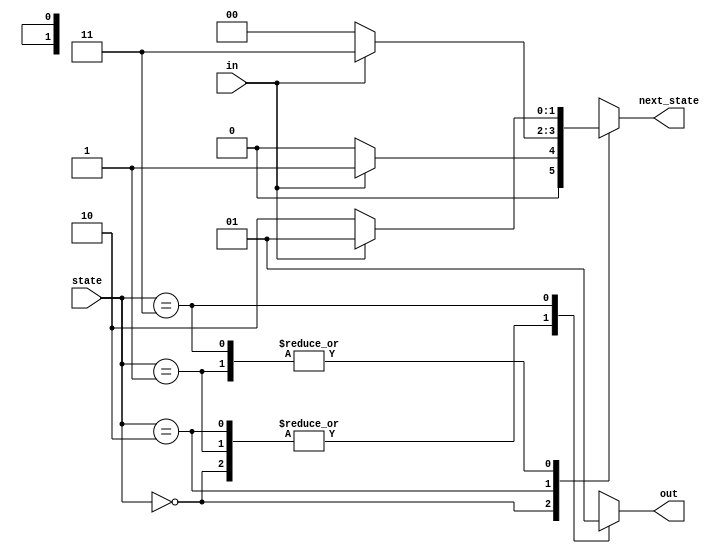
module top_module(
    input in,
    input [1:0] state,
    output reg [1:0] next_state,
    output reg out); //

    parameter A=2'b00, B=2'b01, C=2'b10, D=2'b11;

    // State transition logic: next_state = f(state, in)
    always @(*) begin
        case(state)
            A: next_state = (in == 0) ? A : B;
            B: next_state = (in == 0) ? C : B;
            C: next_state = (in == 0) ? A : D;
            D: next_state = (in == 0) ? C : B;
            default: next_state = A;
        endcase
    end
    
    // Output logic:  out = f(state) for a Moore state machine
    always @(*) begin
        case(state)
            A: out = 0;
            B: out = 0;
            C: out = 0;
            D: out = 1;
            default: out = 0;
        endcase
    end
endmodule